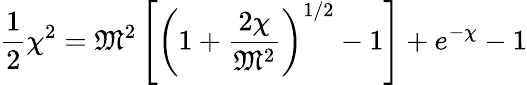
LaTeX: {\frac{1}{2}}\chi^{2}={\mathfrak{M}}^{2}\left[\left(1+{\frac{2\chi}{{\mathfrak{M}}^{2}}}\right)^{1/2}-1\right]+e^{-\chi}-1